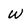
Character: w